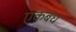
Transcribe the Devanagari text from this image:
एकबंध